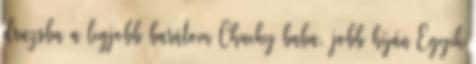
druzsba a legjobb barátom Chucky baba, jobb híján Egyik